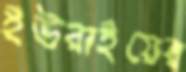
ইউরাইয়ের